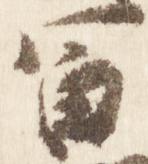
富